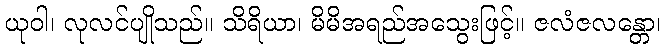
ယုဝါ၊ လုလင်ပျိုသည်။ သိရိယာ၊ မိမိအရည်အသွေးဖြင့်။ ဇလံဇလန္တော၊